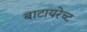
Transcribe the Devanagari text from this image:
बाटायरेच्ट